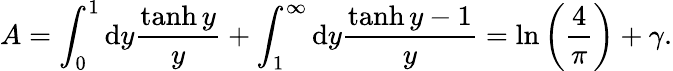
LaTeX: A=\int_{0}^{1}\mathrm{d}y{\frac{\operatorname{tanh}y}{y}}+\int_{1}^{\infty}\mathrm{d}y{\frac{\operatorname{tanh}y-1}{y}}=\ln\left({\frac{4}{\pi}}\right)+\gamma.